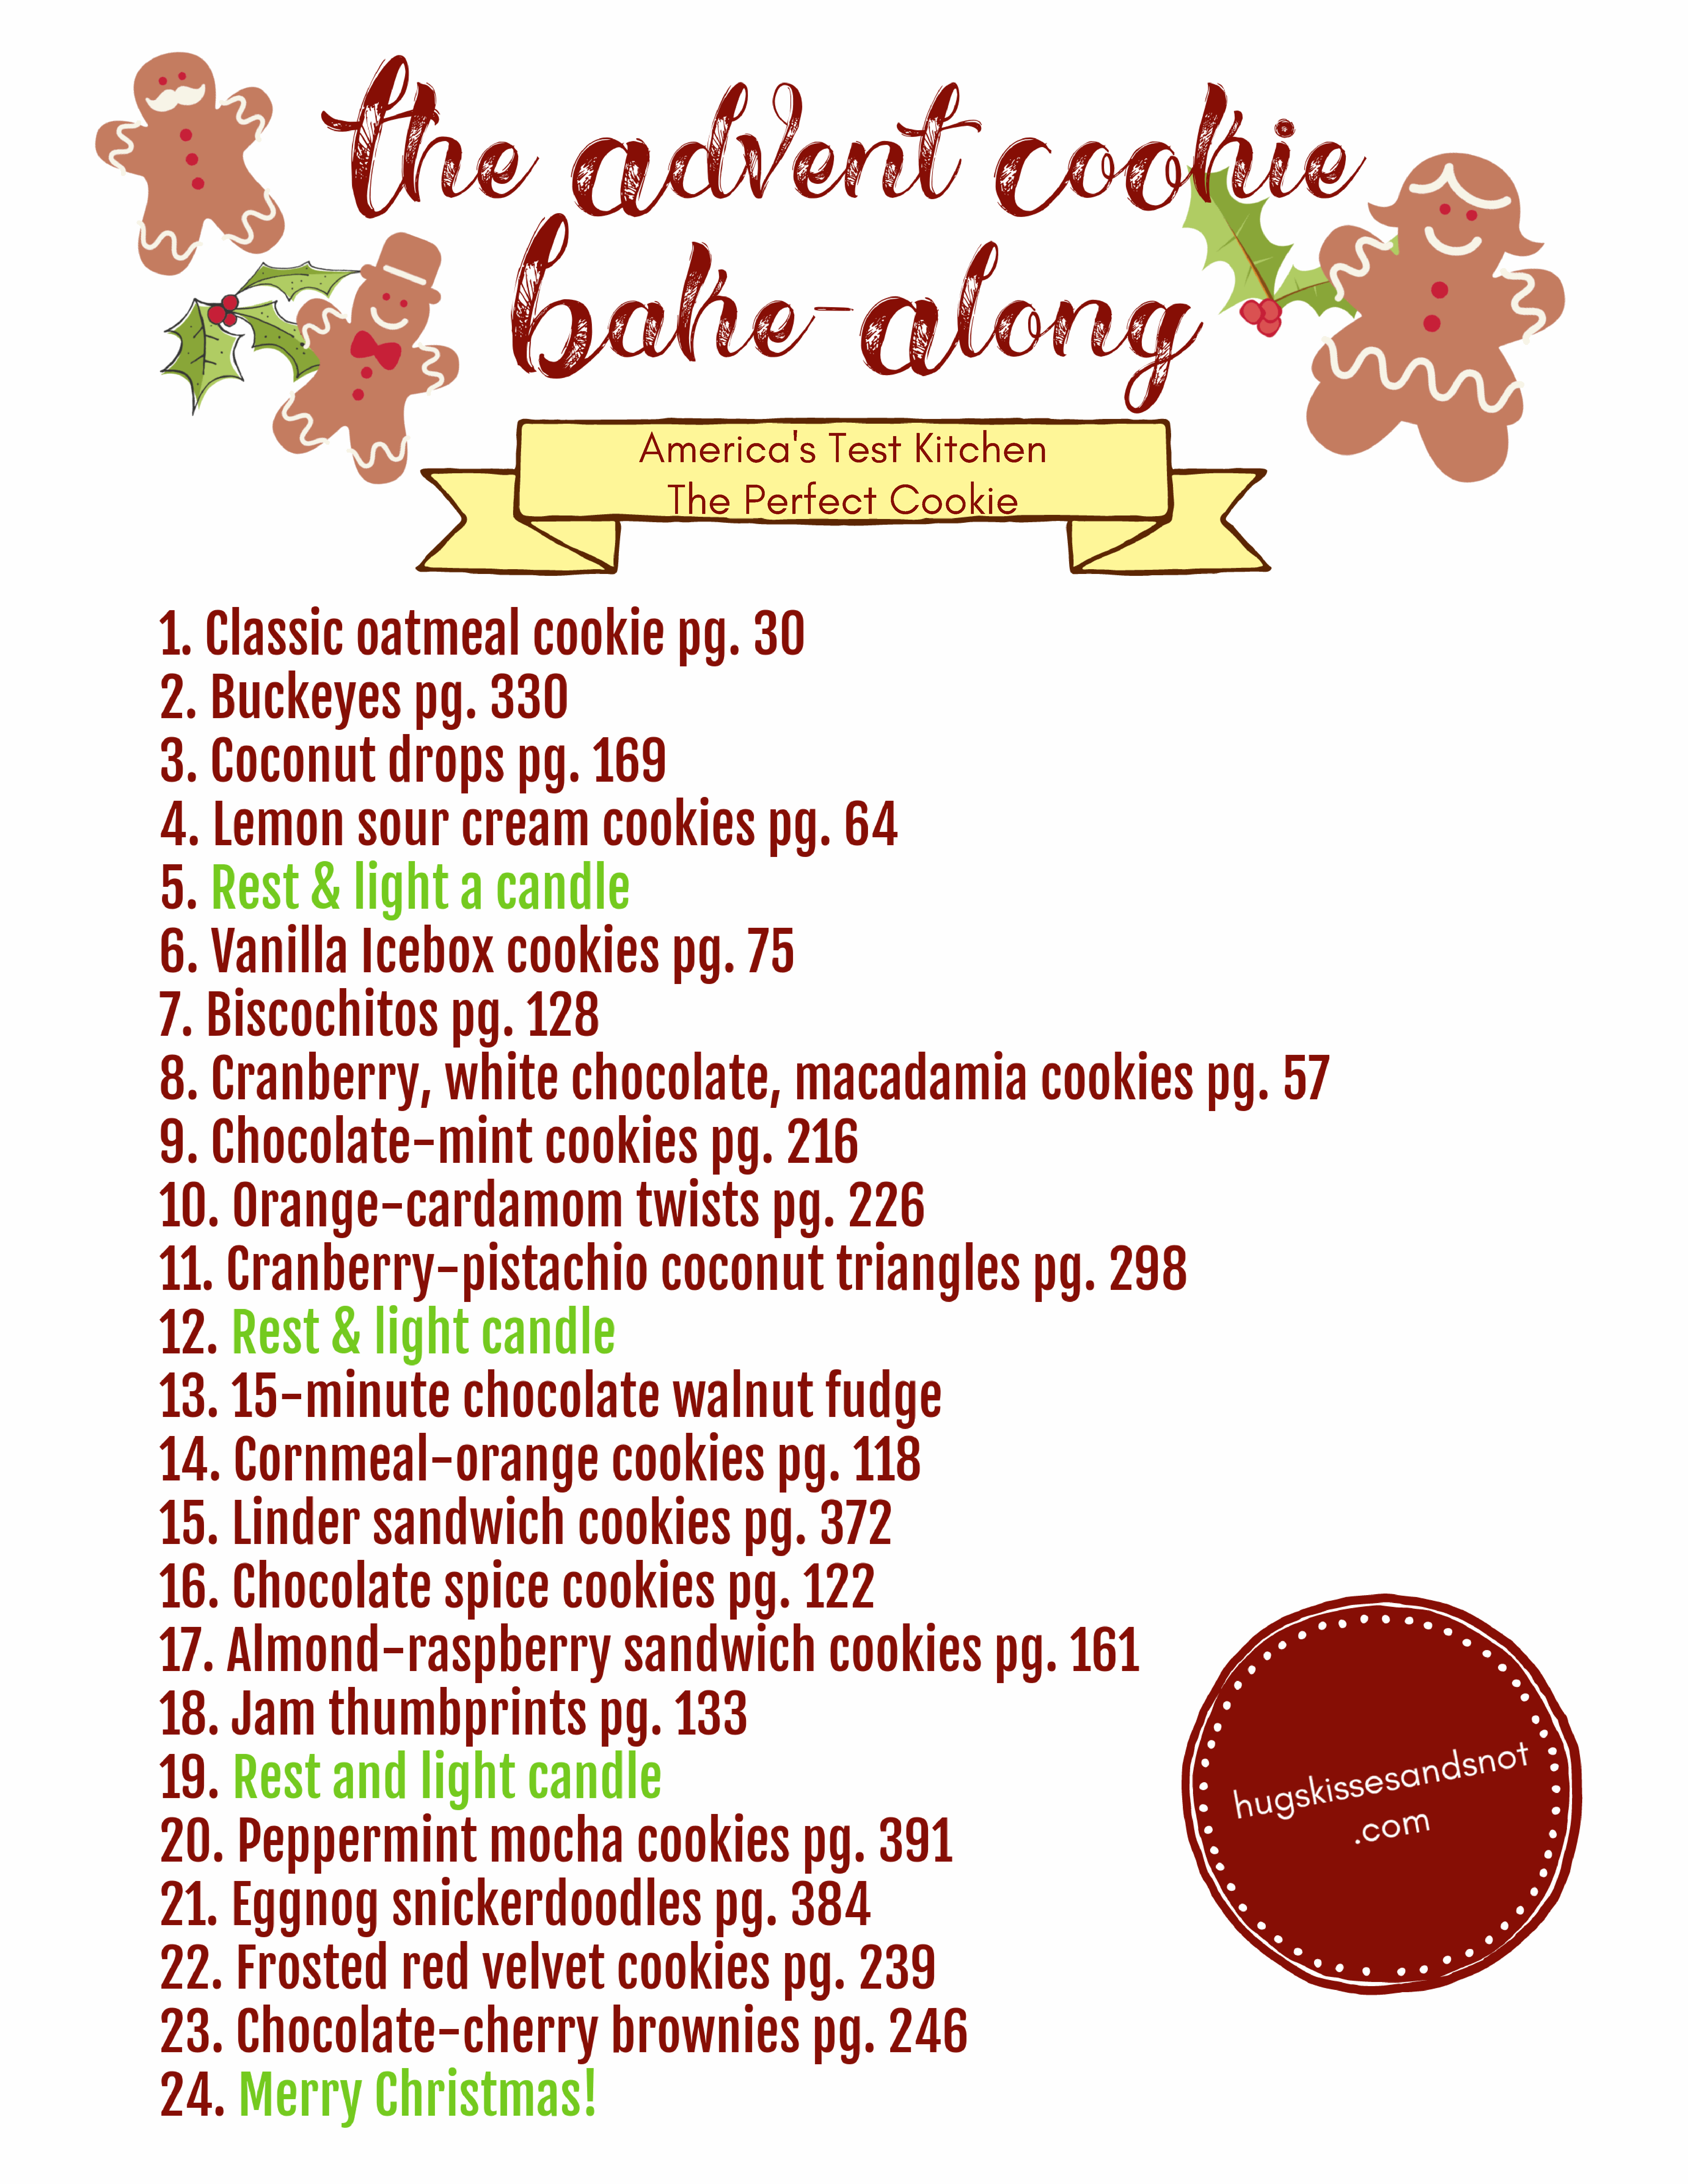
America's                               Test             Kitchen
 The             Perfect                       Cookie